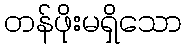
တန်ဖိုးမရှိသော